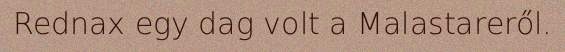
Rednax egy dag volt a Malastareről.